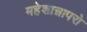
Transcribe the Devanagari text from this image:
महेशान्नापरो